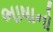
ભાષાનો